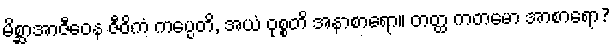
မိစ္ဆာအာဇီဝေန ဇီဝိကံ ကပ္ပေတိ, အယံ ဝုစ္စတိ အနာစာရော။ တတ္ထ ကတမော အာစာရော?